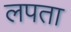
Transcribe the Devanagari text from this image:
लपता